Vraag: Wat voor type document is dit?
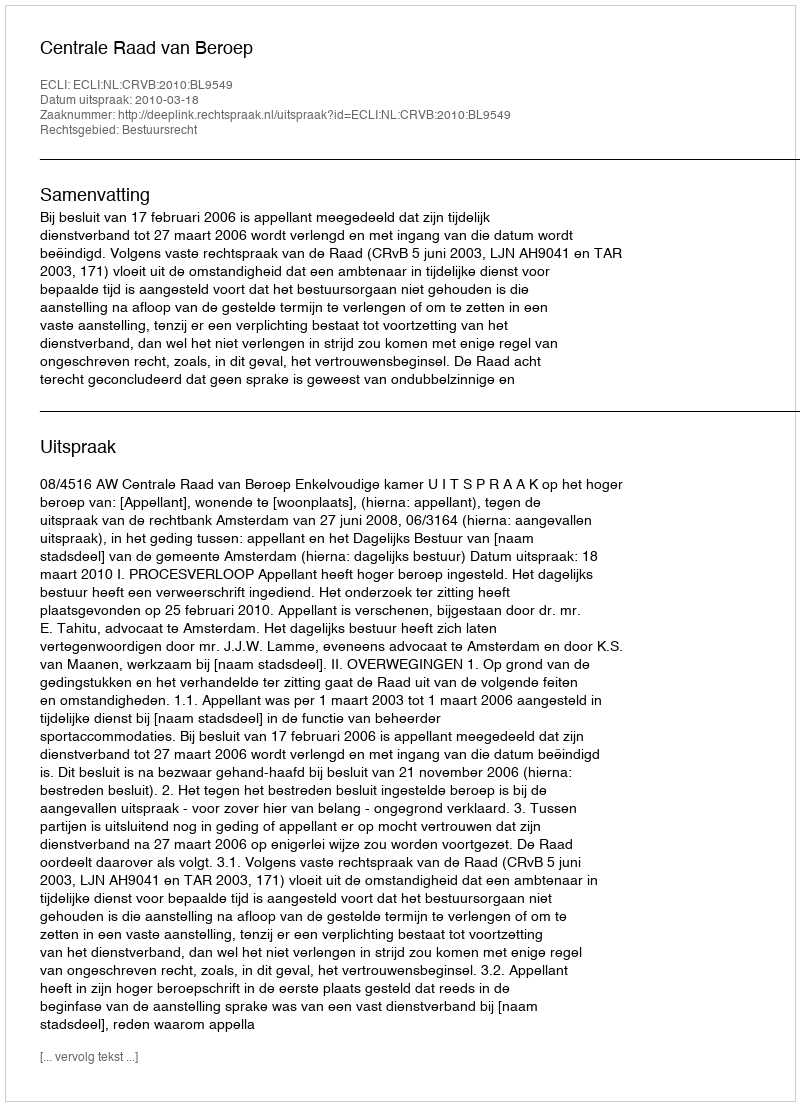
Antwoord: Uitspraak